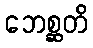
ဘေစ္ဆတိ